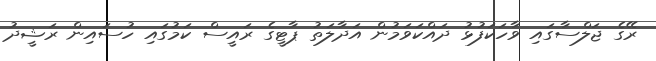
ރޭގެ ޖަލްސާގައި ވާހަކަފުޅު ދައްކަވަމުން އަދާލަތު ޕާޓީގެ ރައީސް ކަމުގައި ހުސައިން ރަޝީދު